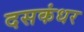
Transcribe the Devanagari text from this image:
दसकंधर